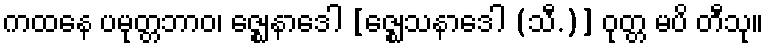
ကထနေ ပမုတ္တဘာဝ၊ ဇ္ဈေနာဒေါ [ဇ္ဈေသနာဒေါ (သီ.)] ဝုတ္တ မပိ တီသု။